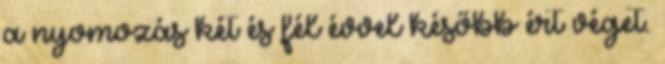
a nyomozás két és fél évvel később ért véget.